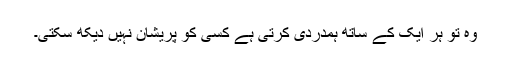
وہ تو ہر ایک کے ساتھ ہمدردی کرتی ہے کسی کو پریشان نہیں دیکھ سکتی۔